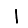
Digit: 1